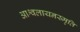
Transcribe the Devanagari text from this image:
आश्वलायनस्मृति